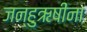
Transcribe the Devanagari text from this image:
जन्हुऋषींना